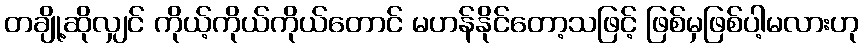
တချို့ဆိုလျှင် ကိုယ့်ကိုယ်ကိုယ်တောင် မဟန်နိုင်တော့သဖြင့် ဖြစ်မှဖြစ်ပါ့မလားဟု